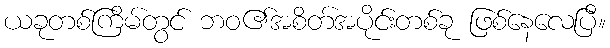
ယခုတစ်ကြိမ်တွင် ဘဝ၏အစိတ်အပိုင်းတစ်ခု ဖြစ်နေလေပြီ။